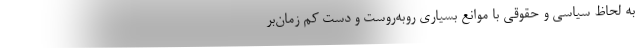
به لحاظِ سیاسی و حقوقی با موانع بسیاری روبه‌روست و دست کم زمان‌بر